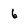
Character: 6